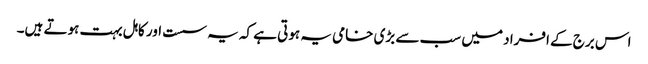
اس برج کے افراد میں سب سے بڑی خامی یہ ہوتی ہے کہ یہ سست اور کاہل بہت ہوتے ہیں۔